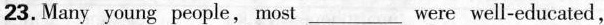
23.Many young people,most ___ were well-educated,